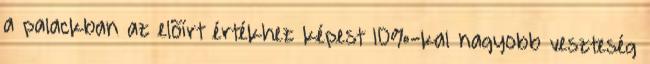
a palackban az elõírt értékhez képest 10%-kal nagyobb veszteség